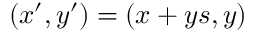
( x ^ { \prime } , y ^ { \prime } ) = ( x + y s , y )